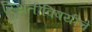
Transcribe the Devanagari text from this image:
स्थितीविषयीचे